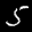
Label: 5